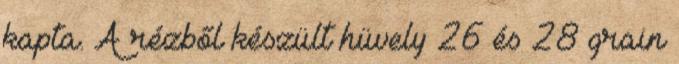
kapta. A rézből készült hüvely 26 és 28 grain